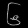
Digit: ၆